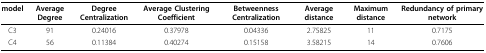
| model | Average Degree | Degree Centralization | Average Clustering Coefficient | Betweenness Centralization | Average distance | Maximum distance | Redundancy of primary network |
 | --- | --- | --- | --- | --- | --- | --- | --- |
 | C3 | 91 | 0.24016 | 0.37978 | 0.04336 | 2.75825 | 11 | 0.7175 |
 | C4 | 56 | 0.11384 | 0.40274 | 0.15158 | 3.58215 | 14 | 0.7606 |